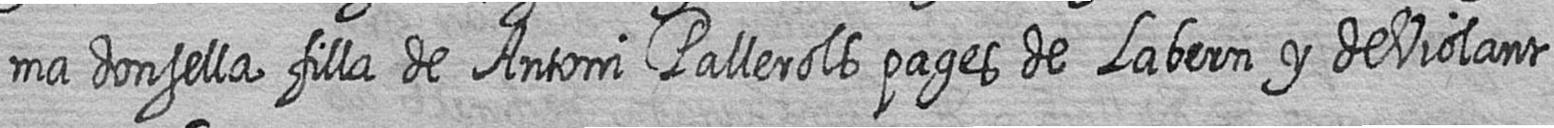
ma donsella filla de Antoni Pallerols pages de Labern y de Violant